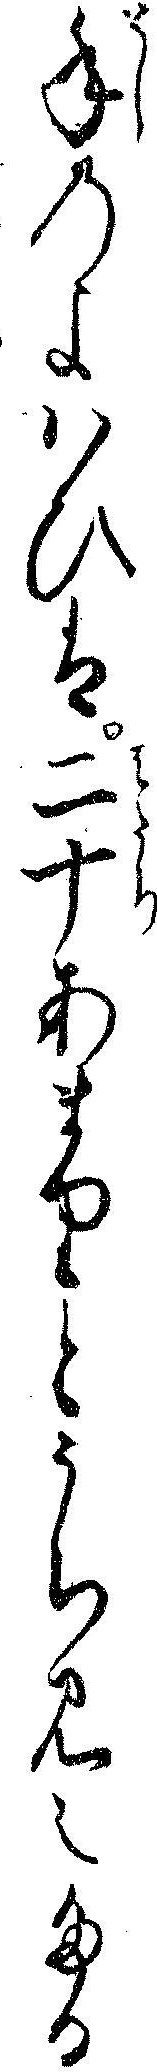
年のよハひは二十あまりとうち見えたる